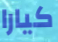
كيارا